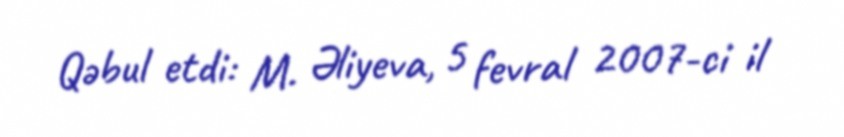
Qəbul etdi: M. Əliyeva, 5 fevral 2007-ci il